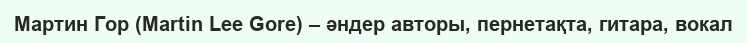
Мартин Гор (Martin Lee Gore) – әндер авторы, пернетақта, гитара, вокал